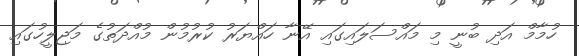
ހުމާމް އަދި ބުނީ މި މައްސަލައިގައި އޭނާ ހައްޔަރު ކުރުމުން މުއްދަތުގެ މަޖިލީހުގައި